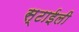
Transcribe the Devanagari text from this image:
स्टाईली